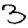
Digit: 3